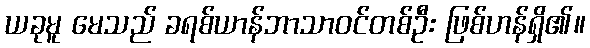
ယခုမူ မေသည် ခရစ်ယာန်ဘာသာဝင်တစ်ဦး ဖြစ်ဟန်ရှိ၏။